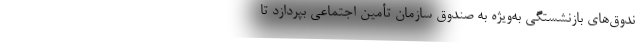
ندوق‌های بازنشستگی به‌ویژه به صندوق سازمان تأمین اجتماعی بپردازد تا